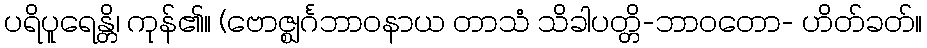
ပရိပူရေန္တိ၊ ကုန်၏။ (ဗောဇ္ဈင်္ဂဘာဝနာယ တာသံ သိခါပတ္တိ-ဘာဝတော- ဟိတ်ခတ်။